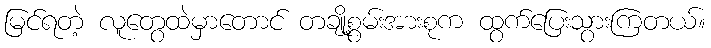
မြင်ရတဲ့ လူတွေထဲမှာတောင် တချို့စွမ်းအားစုက ထွက်ပြေးသွားကြတယ်။